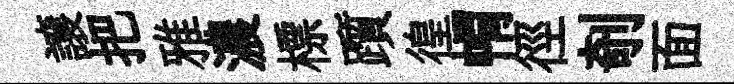
譲把雅濃標躓徨㡌徑剞面